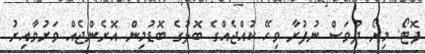
ފޮޓޯ: މިރޯ ދުވަސް ނުފުރާ ވިހޭ ކުއްޖެއްގެ ބޮލުގެ ބޮޑުމިން އޮރެންޖެއް ވަރުވާއިރު